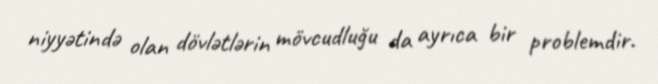
niyyətində olan dövlətlərin mövcudluğu da ayrıca bir problemdir.